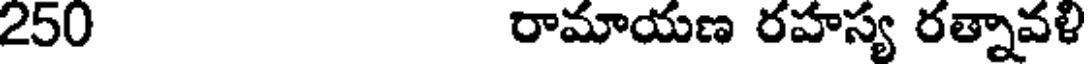
250 రామాయణ రహస్య రత్నావళి